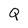
Character: Q